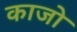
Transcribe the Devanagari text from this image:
काजो